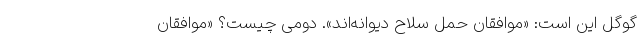
گوگل این است: «موافقان حمل سلاح دیوانه‌اند». دومی چیست؟ «موافقان